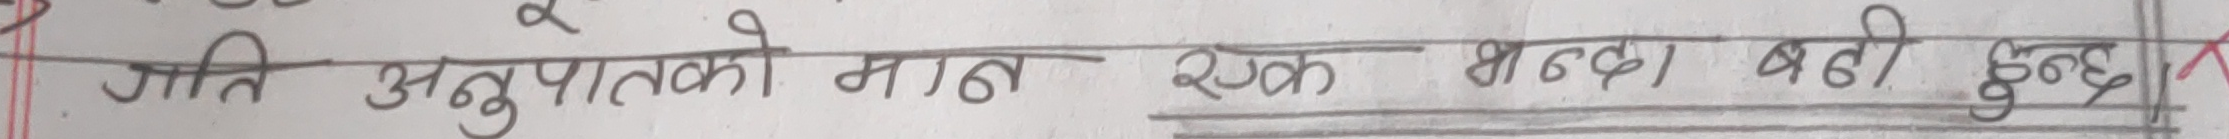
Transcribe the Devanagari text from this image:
गति अनुपातको मात्रा एक भन्दा बढी हुन्छ